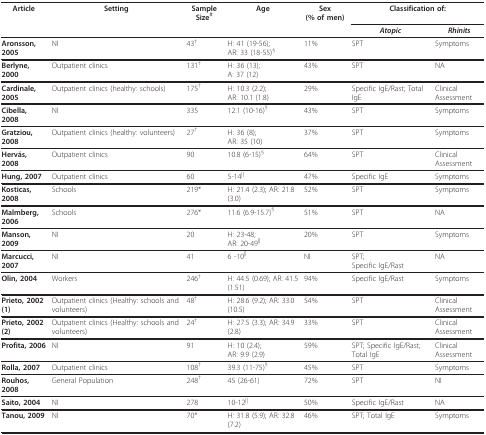
<table><thead><tr><td><b>Article</b></td><td><b>Setting</b></td><td><b>Sample Size<sup>‡</sup></b></td><td><b>Age</b></td><td><b>Sex (% of men)</b></td><td colspan="2"><b>Classification of:</b></td></tr><tr><td></td><td></td><td></td><td></td><td></td><td><b><i>Atopic</i></b></td><td><b><i>Rhinits</i></b></td></tr></thead><tbody><tr><td><b>Aronsson, 2005</b></td><td>NI</td><td>43<sup>†</sup></td><td>H: 41 (19-56);AR: 33 (18-55)<sup>§</sup></td><td>11%</td><td>SPT</td><td>Symptoms</td></tr><tr><td><b>Berlyne, 2000</b></td><td>Outpatient clinics</td><td>131<sup>†</sup></td><td>H: 36 (13);A: 37 (12)</td><td>43%</td><td>SPT</td><td>NA</td></tr><tr><td><b>Cardinale, 2005</b></td><td>Outpatient clinics (healthy: schools)</td><td>175<sup>†</sup></td><td>H: 10.3 (2.2);AR: 10.1 (1.8)</td><td>29%</td><td>Specific IgE/Rast; Total IgE</td><td>Clinical Assessment</td></tr><tr><td><b>Cibella, 2008</b></td><td>NI</td><td>335</td><td>12.1 (10-16)<sup>§</sup></td><td>43%</td><td>SPT</td><td>Symptoms</td></tr><tr><td><b>Gratziou, 2008</b></td><td>Outpatient clinics (healthy: volunteers)</td><td>27<sup>†</sup></td><td>H: 36 (8);AR: 35 (10)</td><td>37%</td><td>SPT</td><td>Symptoms</td></tr><tr><td><b>Hervás, 2008</b></td><td>Outpatient clinics</td><td>90</td><td>10.8 (6-15)<sup>§</sup></td><td>64%</td><td>SPT</td><td>Clinical Assessment</td></tr><tr><td><b>Hung, 2007</b></td><td>Outpatient clinics</td><td>60</td><td>5-14<sup>||</sup></td><td>47%</td><td>Specific IgE</td><td>Symptoms</td></tr><tr><td><b>Kosticas, 2008</b></td><td>Schools</td><td>219*</td><td>H: 21.4 (2.3); AR: 21.8 (3.0)</td><td>52%</td><td>SPT</td><td>Symptoms</td></tr><tr><td><b>Malmberg, 2006</b></td><td>Schools</td><td>276*</td><td>11.6 (6.9-15.7)<sup>§</sup></td><td>51%</td><td>SPT</td><td>NA</td></tr><tr><td><b>Manson, 2009</b></td><td>NI</td><td>20</td><td>H: 23-48;AR: 20-49<sup>||</sup></td><td>20%</td><td>SPT</td><td>Symptoms</td></tr><tr><td><b>Marcucci, 2007</b></td><td>NI</td><td>41</td><td>6 -10<sup>||</sup></td><td>NI</td><td>SPT;Specific IgE/Rast</td><td>NA</td></tr><tr><td><b>Olin, 2004</b></td><td>Workers</td><td>246<sup>†</sup></td><td>H: 44.5 (0.69); AR: 41.5 (1.51)</td><td>94%</td><td>Specific IgE/Rast</td><td>Symptoms</td></tr><tr><td><b>Prieto, 2002 (1)</b></td><td>Outpatient clinics (Healthy: schools and volunteers)</td><td>48<sup>†</sup></td><td>H: 28.6 (9.2); AR: 33.0 (10.5)</td><td>54%</td><td>SPT</td><td>Clinical Assessment</td></tr><tr><td><b>Prieto, 2002 (2)</b></td><td>Outpatient clinics (Healthy: schools and volunteers)</td><td>24<sup>†</sup></td><td>H: 27.5 (3.3); AR: 34.9 (2.8)</td><td>33%</td><td>SPT</td><td>Clinical Assessment</td></tr><tr><td><b>Profita, 2006</b></td><td>NI</td><td>91</td><td>H: 10 (2.4);AR: 9.9 (2.9)</td><td>59%</td><td>SPT; Specific IgE/Rast; Total IgE</td><td>Clinical Assessment</td></tr><tr><td><b>Rolla, 2007</b></td><td>Outpatient clinics</td><td>108<sup>†</sup></td><td>39.3 (11-75)<sup>§</sup></td><td>45%</td><td>SPT</td><td>Symptoms</td></tr><tr><td><b>Rouhos, 2008</b></td><td>General Population</td><td>248<sup>†</sup></td><td>45 (26-61)</td><td>72%</td><td>SPT</td><td>NI</td></tr><tr><td><b>Saito, 2004</b></td><td>NI</td><td>278</td><td>10-12<sup>||</sup></td><td>50%</td><td>Specific IgE/Rast</td><td>NA</td></tr><tr><td><b>Tanou, 2009</b></td><td>NI</td><td>70*</td><td>H: 31.8 (5.9); AR: 32.8 (7.2)</td><td>46%</td><td>SPT; Total IgE</td><td>Symptoms</td></tr></tbody></table>